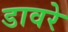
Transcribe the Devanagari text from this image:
डावरे